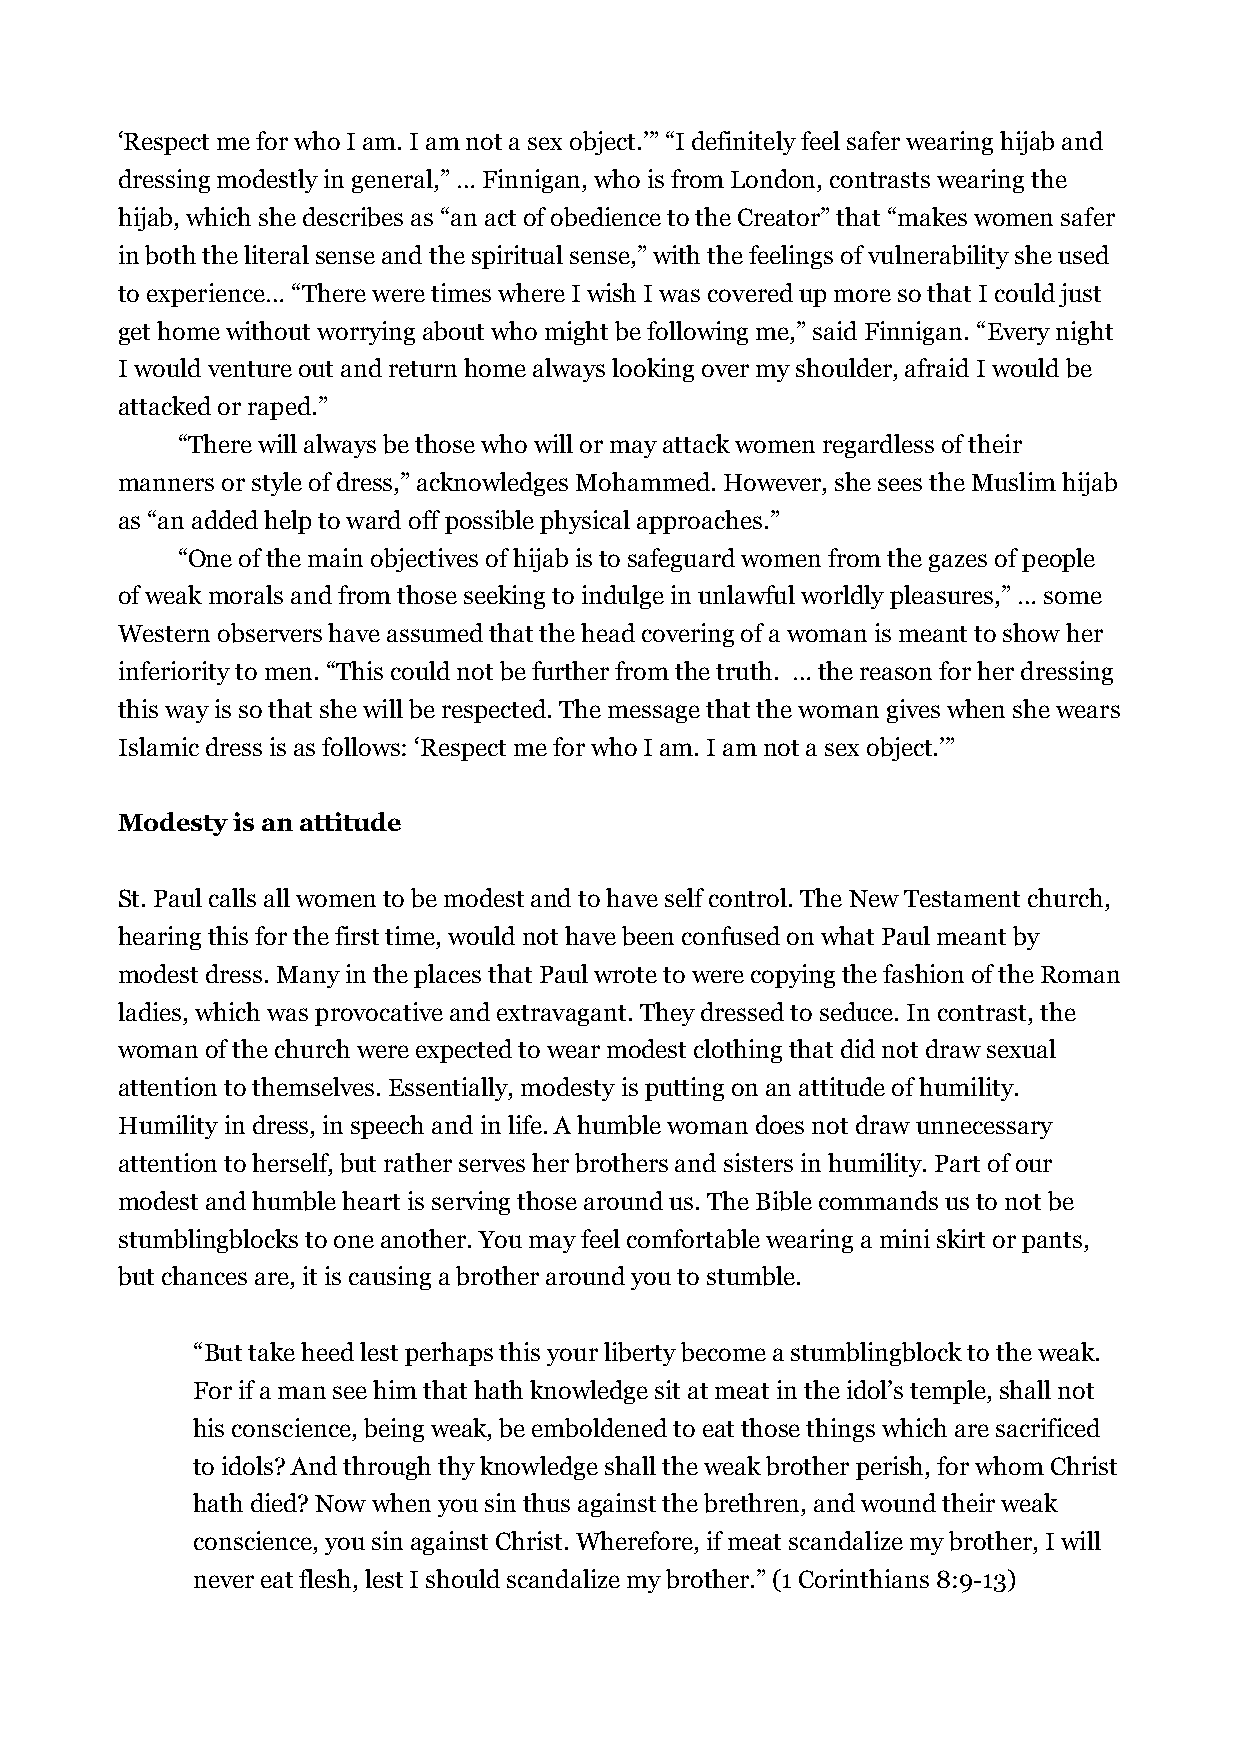
‘Respect me for who I am. I am not a sex object.’” “I definitely feel safer wearing hijab and
 dressing modestly in general,” … Finnigan, who is from London, contrasts wearing the
 hijab, which she describes as “an act of obedience to the Creator” that “makes women safer
 in both the literal sense and the spiritual sense,” with the feelings of vulnerability she used
 to experience… “There were times where I wish I was covered up more so that I could just
 get home without worrying about who might be following me,” said Finnigan. “Every night
 I would venture out and return home always looking over my shoulder, afraid I would be
 attacked or raped.”
 “There will always be those who will or may attack women regardless of their
 manners or style of dress,” acknowledges Mohammed. However, she sees the Muslim hijab
 as “an added help to ward off possible physical approaches.”
 “One of the main objectives of hijab is to safeguard women from the gazes of people
 of weak morals and from those seeking to indulge in unlawful worldly pleasures,” … some
 Western observers have assumed that the head covering of a woman is meant to show her
 inferiority to men. “This could not be further from the truth. … the reason for her dressing
 this way is so that she will be respected. The message that the woman gives when she wears
 Islamic dress is as follows: ‘Respect me for who I am. I am not a sex object.’”
 Modesty is an attitude
 St. Paul calls all women to be modest and to have self control. The New Testament church,
 hearing this for the first time, would not have been confused on what Paul meant by
 modest dress. Many in the places that Paul wrote to were copying the fashion of the Roman
 ladies, which was provocative and extravagant. They dressed to seduce. In contrast, the
 woman of the church were expected to wear modest clothing that did not draw sexual
 attention to themselves. Essentially, modesty is putting on an attitude of humility.
 Humility in dress, in speech and in life. A humble woman does not draw unnecessary
 attention to herself, but rather serves her brothers and sisters in humility. Part of our
 modest and humble heart is serving those around us. The Bible commands us to not be
 stumblingblocks to one another. You may feel comfortable wearing a mini skirt or pants,
 but chances are, it is causing a brother around you to stumble.
 “But take heed lest perhaps this your liberty become a stumblingblock to the weak.
 For if a man see him that hath knowledge sit at meat in the idol’s temple, shall not
 his conscience, being weak, be emboldened to eat those things which are sacrificed
 to idols? And through thy knowledge shall the weak brother perish, for whom Christ
 hath died? Now when you sin thus against the brethren, and wound their weak
 conscience, you sin against Christ. Wherefore, if meat scandalize my brother, I will
 never eat flesh, lest I should scandalize my brother.” (1 Corinthians 8:9-13)